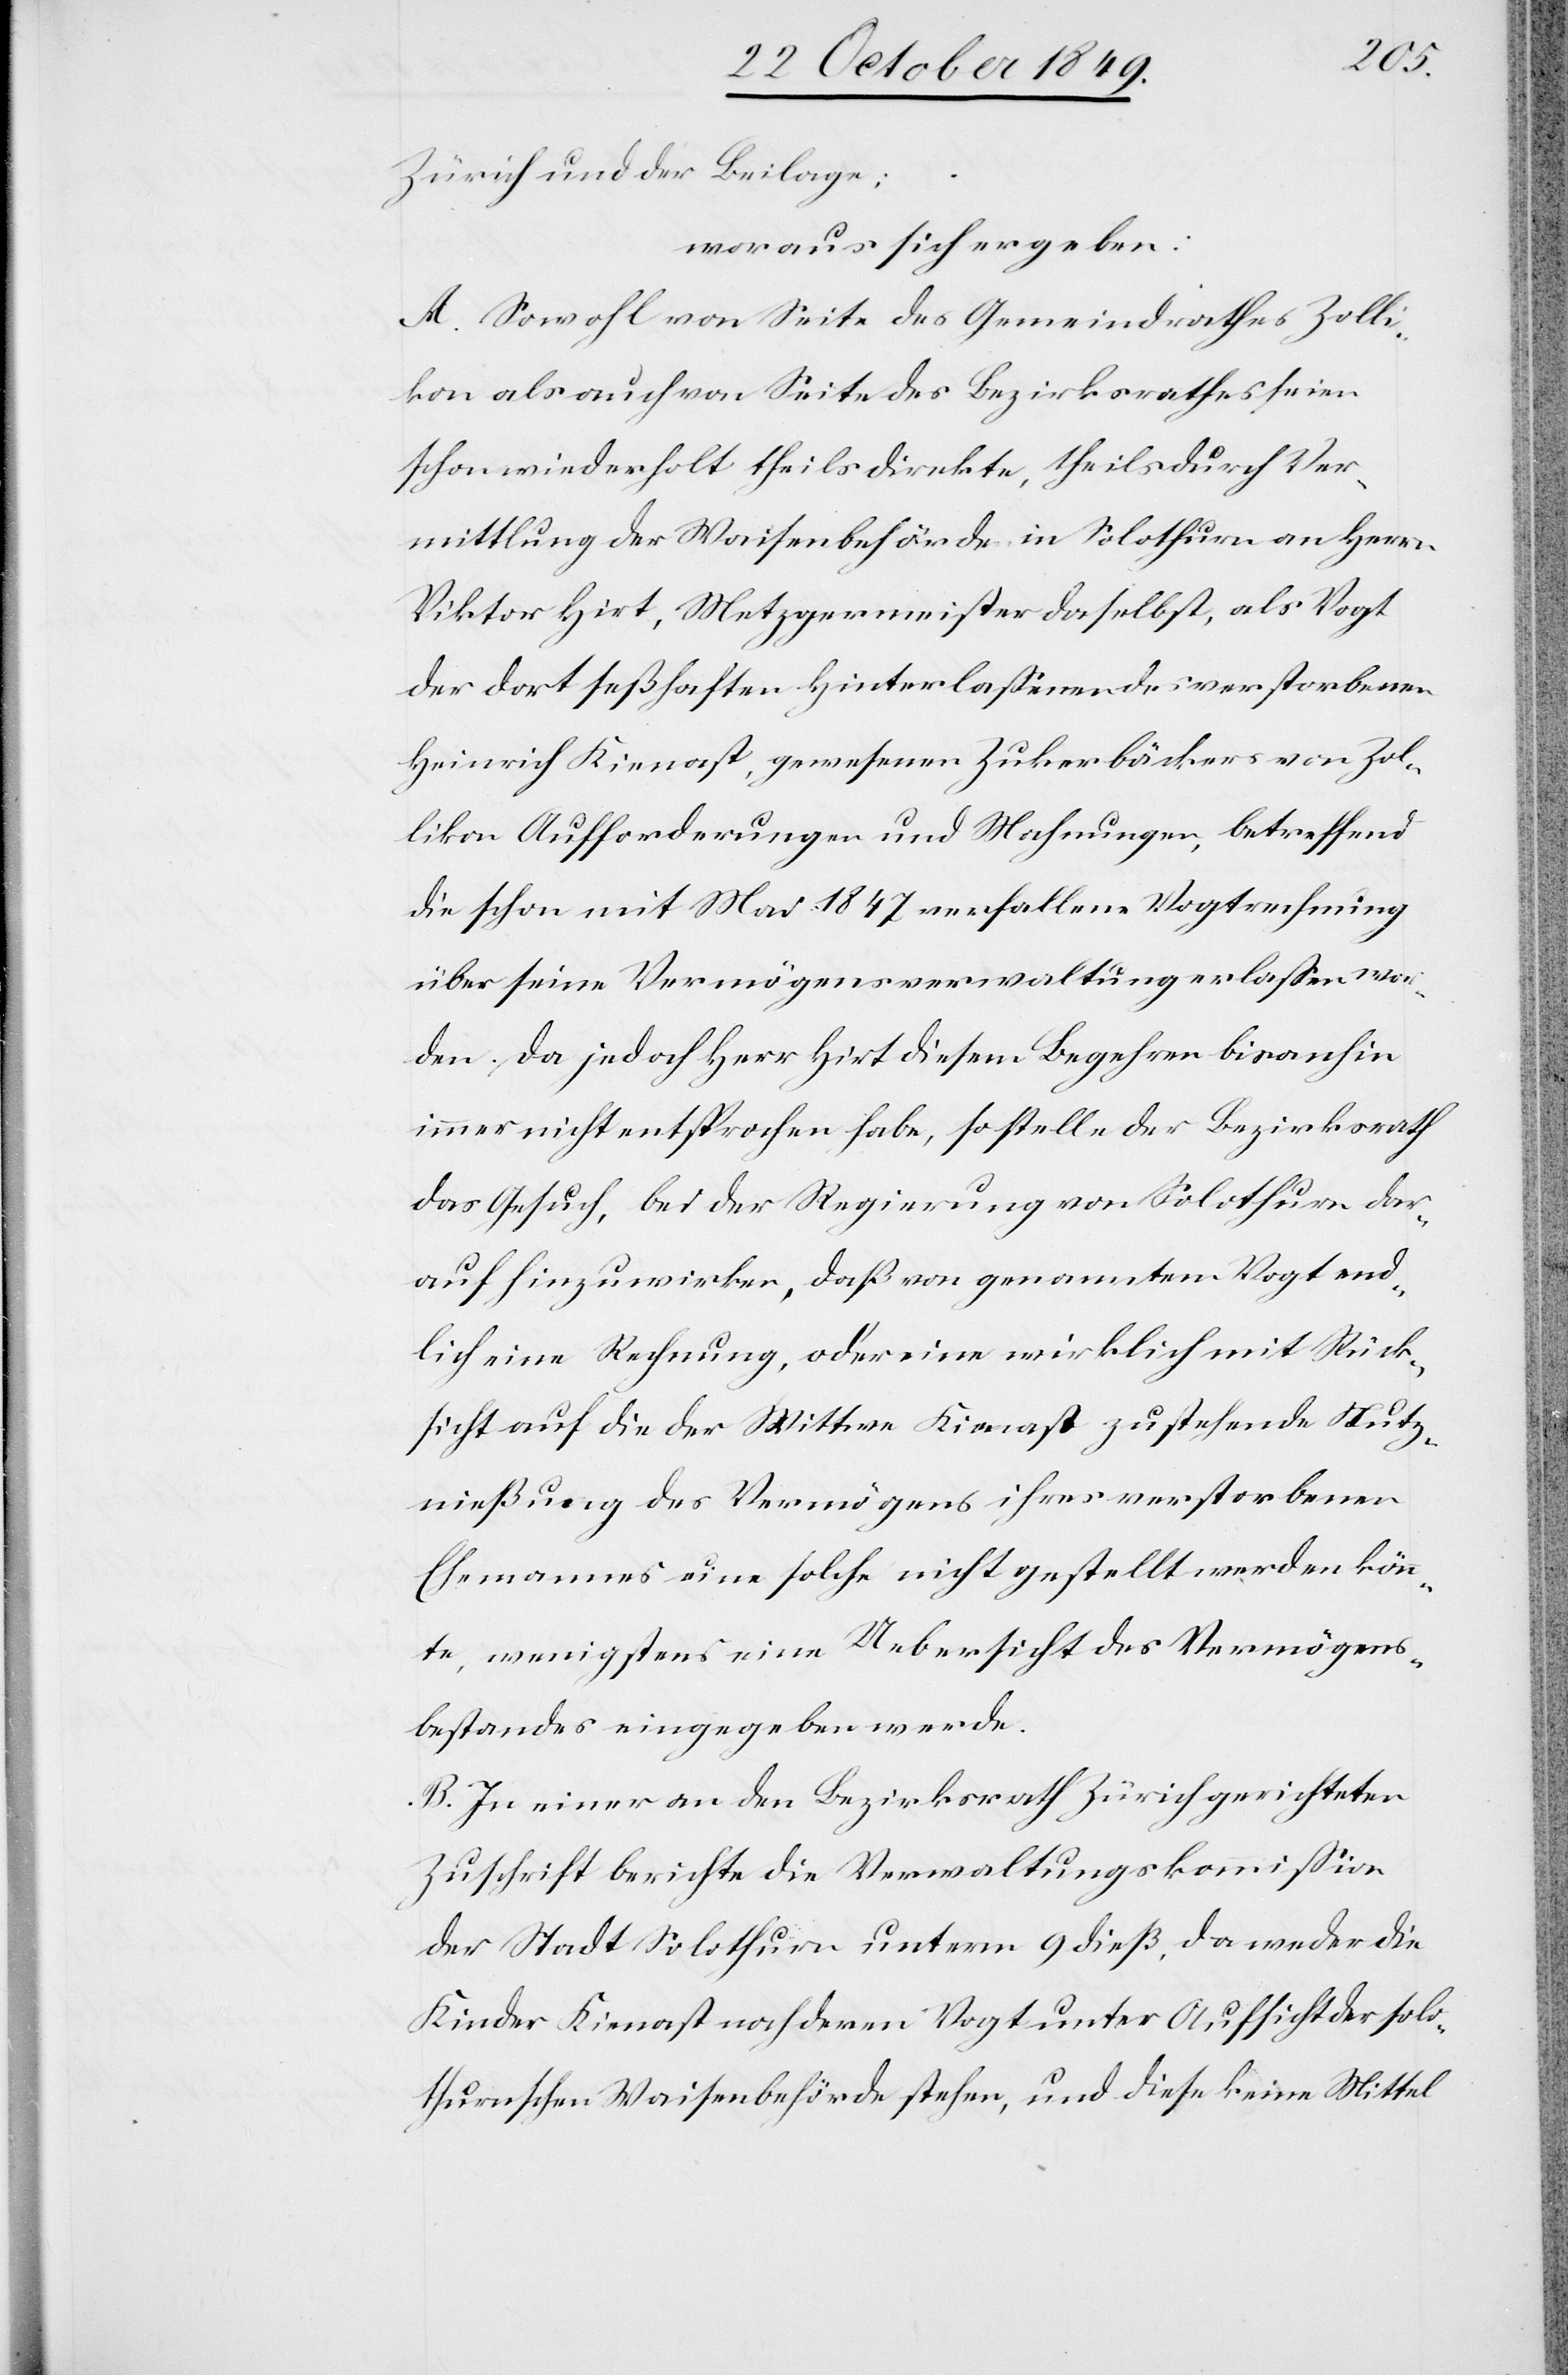
te
Zürich und der Beilage:
woraus sich ergeben:
A. Sowohl von Seite des Gemeindrathes Zolli¬
kon als auch von Seite des Bezirksrathes seien
schon wiederholt theils direkte, theils durch Ver¬
mittlung der Waisenbehörde in Solothurn an Herrn
Viktor Hirt, Metzgermeister daselbst, als Vogt
der dort seßhaften Hinterlaßenen des verstorbenen
Heinrich Kienast, gewesenen Zuckerbäcker von Zol¬
likon Aufforderungen und Mahnungen, betreffend
die schon mit Mai 1847 verfallene Vogtrechnung
über seine Vermögensverwaltung erlaßen wor¬
den. Da jedoch Herr Hirt diesem Begehren bisanhin
immer nicht entsprochen habe, so stelle der Bezirksrath
das Gesuch, bei der Regierung von Solothurn dar¬
auf hinzuwirken, daß von genanntem Vogt end¬
lich eine Rechnung, oder eine wirklich mit Rück¬
sicht auf die der Wittwe Kienast zustehende Nutz¬
nießung des Vermögens ihres verstorbenen
Ehemannes eine solche nicht gestellt werden könn¬
wenigstens eine Uebersicht des Vermögens¬
bestandes eingegeben werde.
B. In einer an den Bezirksrath Zürich gerichteten
Zuschrift berichte die Verwaltungskommißion
der Stadt Solothurn unterm 9 dieß, da weder die
Kinder Kienast noch deren Vogt unter Aufsicht der solo¬
thurnschen Waisenbehörde stehen, und diese keine Mittel